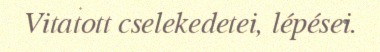
Vitatott cselekedetei, lépései.